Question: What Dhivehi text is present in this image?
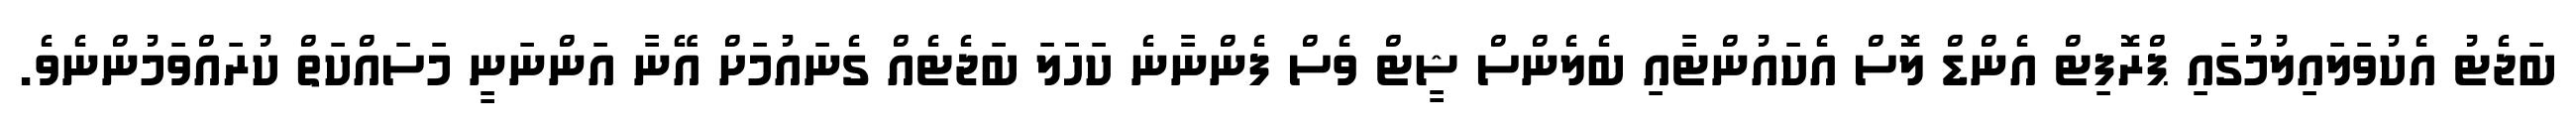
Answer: ބަޖެޓު އެކުވަލައިލުމުގައި ޕްރޮފިޓް އެންޑް ލޮސް އެކައުންޓާއި ބެލެންސް ޝީޓް ވެސް ފެންނާނެ ކަހަަލަ ބަޖެޓެއް ގެނައުމަށް އޭނާ އަންނަނީ މަސައްކަތް ކުރައްވަމުންނެވެ.